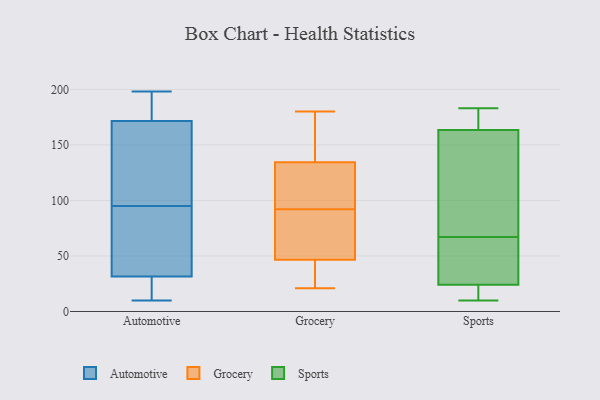
{"axis": {"x": "Waste Production (Tons)", "y": "Value"}, "legend": ["Automotive", "Grocery", "Sports"], "data": [{"x": "", "y": 167, "type": "Automotive"}, {"x": "", "y": 185, "type": "Automotive"}, {"x": "", "y": 28, "type": "Automotive"}, {"x": "", "y": 162, "type": "Automotive"}, {"x": "", "y": 19, "type": "Automotive"}, {"x": "", "y": 110, "type": "Automotive"}, {"x": "", "y": 198, "type": "Automotive"}, {"x": "", "y": 61, "type": "Automotive"}, {"x": "", "y": 173, "type": "Automotive"}, {"x": "", "y": 42, "type": "Automotive"}, {"x": "", "y": 73, "type": "Automotive"}, {"x": "", "y": 15, "type": "Automotive"}, {"x": "", "y": 23, "type": "Automotive"}, {"x": "", "y": 196, "type": "Automotive"}, {"x": "", "y": 95, "type": "Automotive"}, {"x": "", "y": 196, "type": "Automotive"}, {"x": "", "y": 109, "type": "Automotive"}, {"x": "", "y": 10, "type": "Automotive"}, {"x": "", "y": 78, "type": "Automotive"}, {"x": "", "y": 38, "type": "Grocery"}, {"x": "", "y": 28, "type": "Grocery"}, {"x": "", "y": 59, "type": "Grocery"}, {"x": "", "y": 119, "type": "Grocery"}, {"x": "", "y": 169, "type": "Grocery"}, {"x": "", "y": 108, "type": "Grocery"}, {"x": "", "y": 116, "type": "Grocery"}, {"x": "", "y": 170, "type": "Grocery"}, {"x": "", "y": 55, "type": "Grocery"}, {"x": "", "y": 26, "type": "Grocery"}, {"x": "", "y": 58, "type": "Grocery"}, {"x": "", "y": 69, "type": "Grocery"}, {"x": "", "y": 140, "type": "Grocery"}, {"x": "", "y": 180, "type": "Grocery"}, {"x": "", "y": 117, "type": "Grocery"}, {"x": "", "y": 21, "type": "Grocery"}, {"x": "", "y": 129, "type": "Grocery"}, {"x": "", "y": 148, "type": "Grocery"}, {"x": "", "y": 76, "type": "Grocery"}, {"x": "", "y": 24, "type": "Grocery"}, {"x": "", "y": 183, "type": "Sports"}, {"x": "", "y": 167, "type": "Sports"}, {"x": "", "y": 153, "type": "Sports"}, {"x": "", "y": 10, "type": "Sports"}, {"x": "", "y": 77, "type": "Sports"}, {"x": "", "y": 50, "type": "Sports"}, {"x": "", "y": 18, "type": "Sports"}, {"x": "", "y": 180, "type": "Sports"}, {"x": "", "y": 30, "type": "Sports"}, {"x": "", "y": 22, "type": "Sports"}, {"x": "", "y": 67, "type": "Sports"}]}